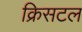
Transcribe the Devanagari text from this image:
क्रिसटल